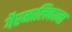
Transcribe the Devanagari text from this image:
गैरमालिकाना